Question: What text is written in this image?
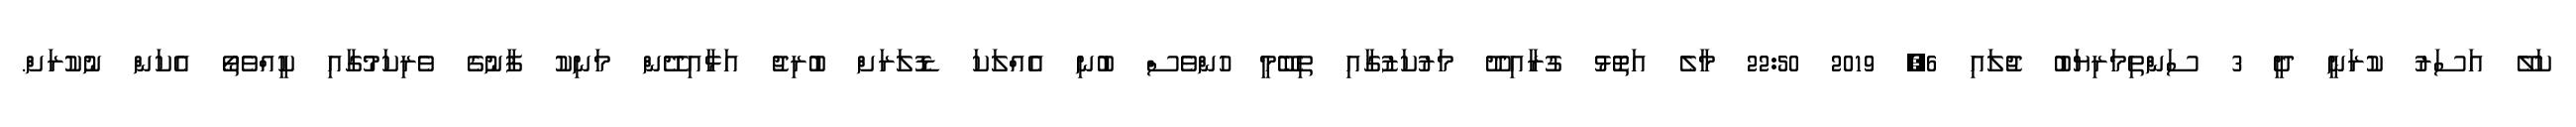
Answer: ކަލޭ އަސަރު ކުރަނީ ދީ 3 ސަންތިމަރިޔަބު ޖުލައި 6, 2019 22:50 މާލެ އަތޮޅު ގުރާއިދޫ މަރުކަޒުގާއި ތިބޭމީ ހުންވެސް ބުނި އެއްލަކަ ޑޮލަރަށް ބުރިޖު އަޅާއިދޭން މަނިކު ފާނުގެ ވެރިކަމުގާއި ކީއްވެތޯ އެކަން ނުކުރަށް.